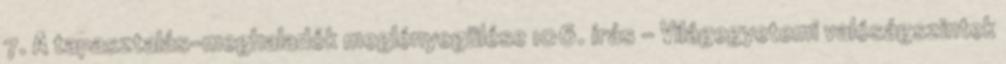
7. A tapasztalás-meghaladók meglényegülése 106. írás - Világegyetemi valóságszintek